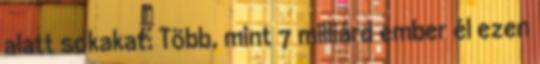
alatt sokakat. Több, mint 7 milliárd ember él ezen